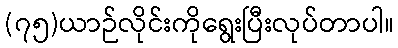
(၇၅)ယာဉ်လိုင်းကိုရွေးပြီးလုပ်တာပါ။